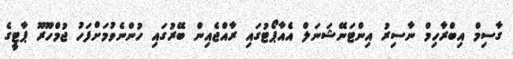
ގާސިމް އިބްރާހިމް ނާސިރު އިންޓަނޭޝަނަލް އެއާޕޯޓުގައި ރާއްޖެއިން ބޭރުގައި ހުންނެވުމަށްފަހު ޖުމްހޫރޫ ޕާޓީގެ